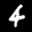
Label: 4